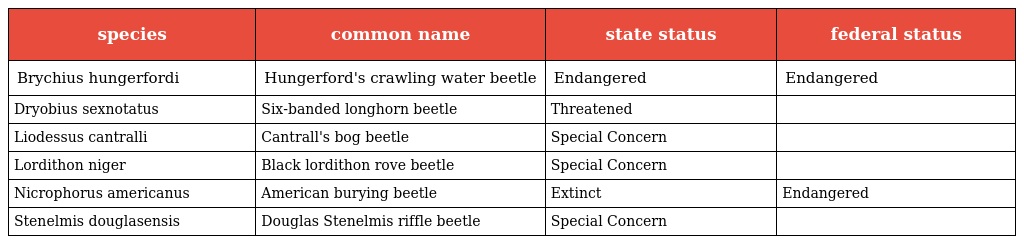
| species | common name | state status | federal status |
 | --- | --- | --- | --- |
 | Brychius hungerfordi | Hungerford's crawling water beetle | Endangered | Endangered |
 | Dryobius sexnotatus | Six-banded longhorn beetle | Threatened |  |
 | Liodessus cantralli | Cantrall's bog beetle | Special Concern |  |
 | Lordithon niger | Black lordithon rove beetle | Special Concern |  |
 | Nicrophorus americanus | American burying beetle | Extinct | Endangered |
 | Stenelmis douglasensis | Douglas Stenelmis riffle beetle | Special Concern |  |